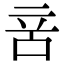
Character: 𠱫